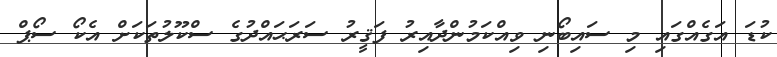
ކުޑަ އަގެއްގައި މި ސައިބޯނި ވިއްކަމުންދާއިރު ފަޤީރު ސަރަޙައްދުގެ ސްކޫލުތަކަށް އެކޯ ސޯޕް